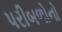
પરીબળોનો